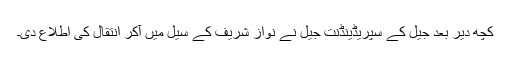
کچھ دیر بعد جیل کے سپریڈینڈنت جیل نے نواز شریف کے سیل مِیں آکر انتقال کی اطلاع دی۔